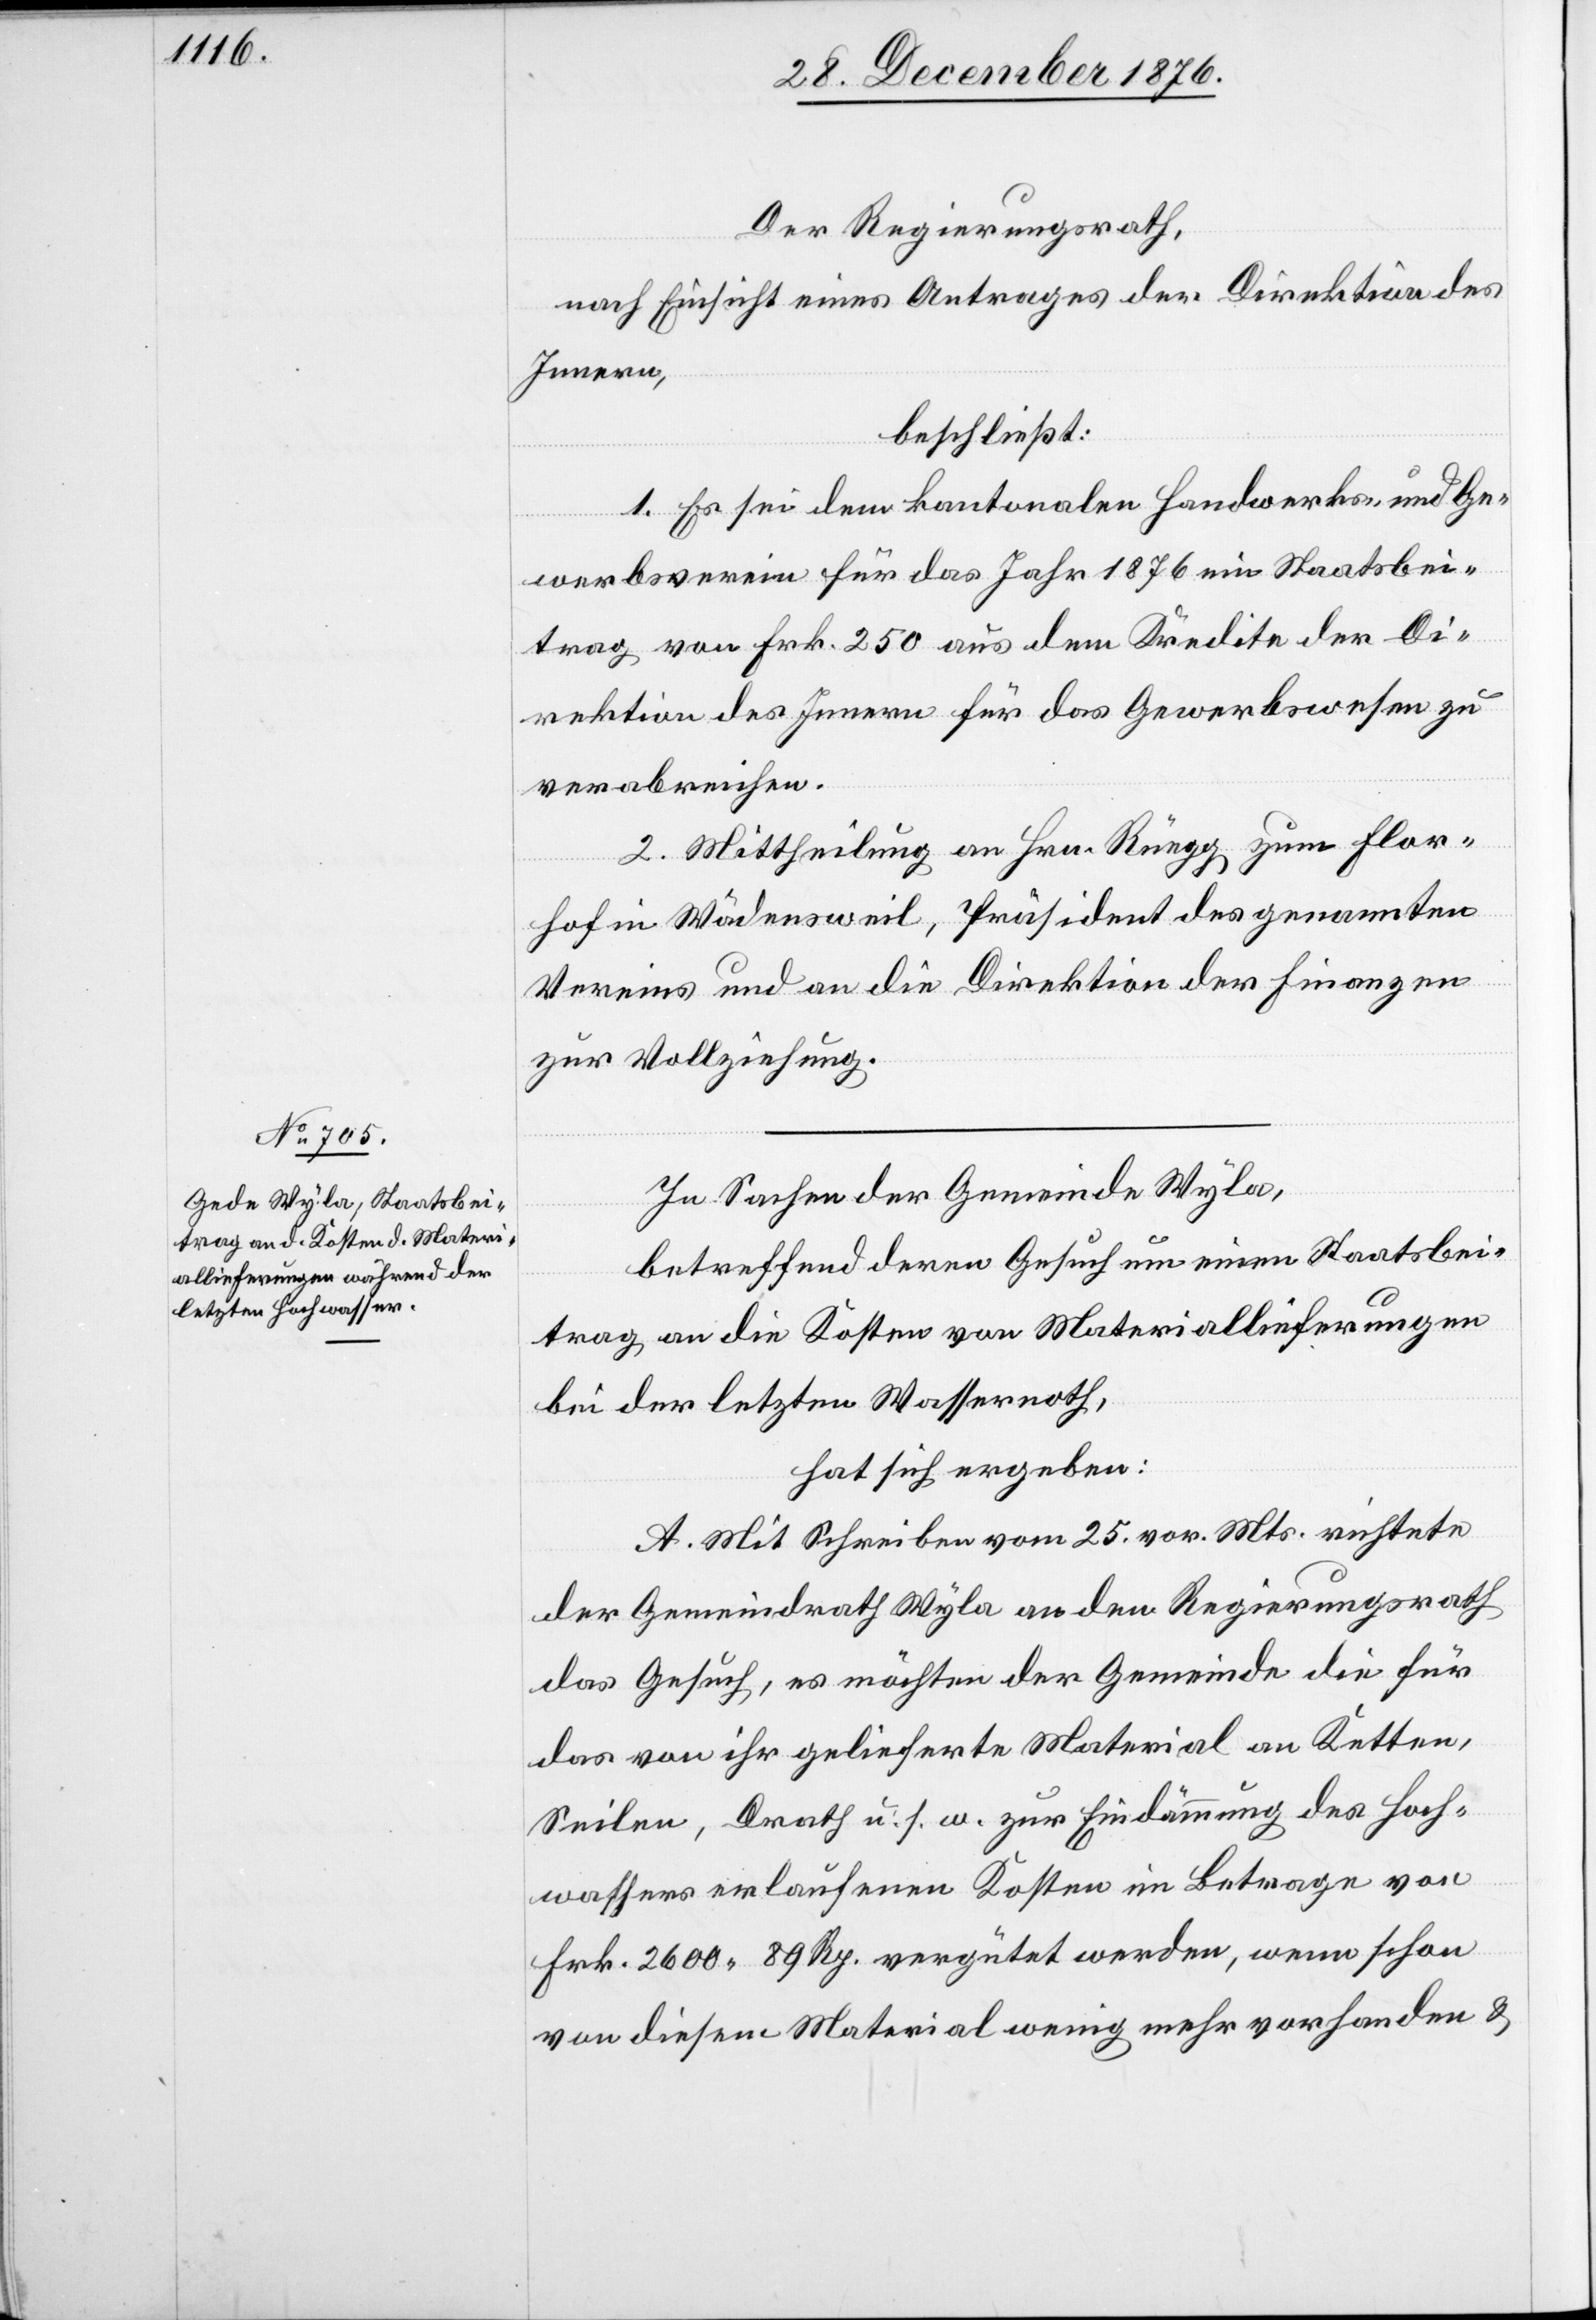
Der Regierungsrath,
nach Einsicht eines Antrages der Direktion des
Innern,
beschließt:
1. Es sei dem kantonalen Handwerks- und Ge¬
werbsverein für das Jahr 1876 ein Staatsbei¬
trag von Frk. 250 aus dem Kredite der Di¬
rektion des Innern für das Gewerbswesen zu
verabreichen.
2. Mittheilung an Hrn. Rüegg zum Flor¬
hof in Wädensweil, Präsident des genannten
Vereins und an die Direktion der Finanzen
zur Vollziehung.
In Sachen der Gemeinde Wyla,
betreffend deren Gesuch um einen Staatsbei¬
trag an die Kosten von Materiallieferungen
bei der letzten Wassernoth,
hat sich ergeben:
A. Mit Schreiben vom 25. vor. Mts. richtete
der Gemeindrath Wyla an den Regierungsrath
das Gesuch, es möchten der Gemeinde für
das von ihr gelieferte Material an Ketten,
Seilen, Drath u. s. w. zur Eindämmung des Hoch¬
wassers erlaufenen Kosten im Betrage von
Frk. 2600 89 Rp. vergütet werden, wenn schon
von diesem Material wenig mehr vorhanden &